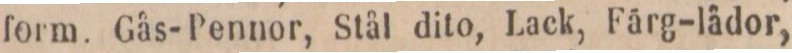
form. Gås-Pennor, Stål dito, Lack, Färg-lädor,